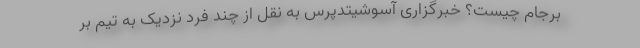
برجام چیست؟ خبرگزاری آسوشیتدپرس به نقل از چند فرد نزدیک به تیم بر